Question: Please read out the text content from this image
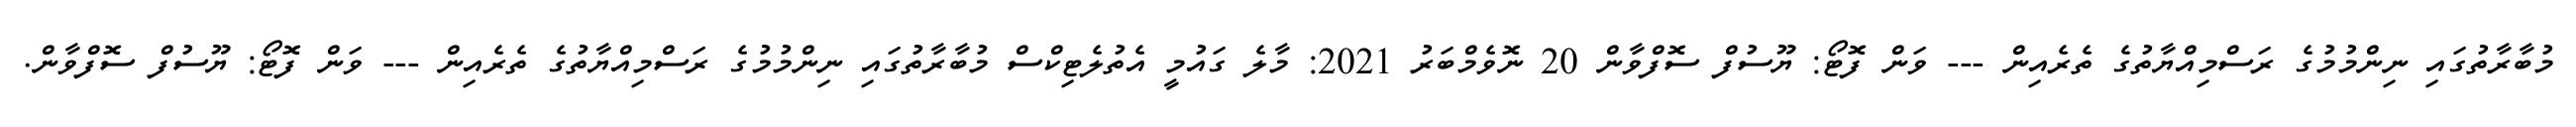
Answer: މުބާރާތުގައި ނިންމުމުގެ ރަސްމިއްޔާތުގެ ތެރެއިން --- ވަން ފޮޓޯ: ޔޫސުފް ސޮފްވާން 20 ނޮވެމްބަރު 2021: މާލެ ގައުމީ އެތުލެޓިކްސް މުބާރާތުގައި ނިންމުމުގެ ރަސްމިއްޔާތުގެ ތެރެއިން --- ވަން ފޮޓޯ: ޔޫސުފް ސޮފްވާން.